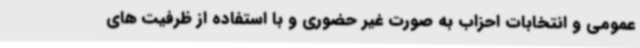
عمومی و انتخابات احزاب به صورت غیر حضوری و با استفاده از ظرفیت های